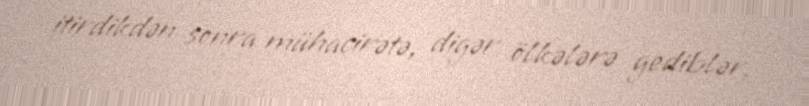
itirdikdən sonra mühacirətə, digər ölkələrə gediblər.